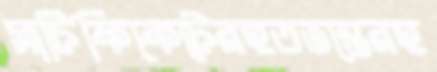
সার্টিফিকেটেরহতভম্ভেরহ